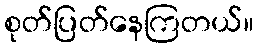
စုတ်ပြတ်နေကြတယ်။